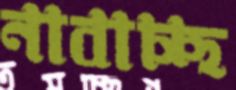
নাবাচ্ছ